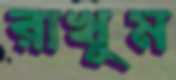
রাখুম